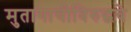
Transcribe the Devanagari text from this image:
मुतागाचीविरुद्धचे